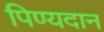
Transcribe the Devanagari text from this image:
पिण्यदान